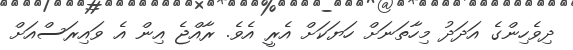
ދިވެހިންގެ އަދަދު މިހާތަނަށް ހަޔަކަށް އެރީ އެވެ. ރާއްޖެ އިން އެ ވައިރަސްއަށް